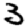
Digit: 3